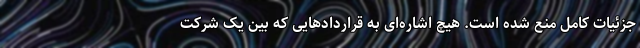
جزئیات کامل منع شده است. هیچ اشاره‌ای به قراردادهایی که بین یک شرکت